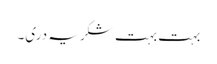
بہت بہت شکریہ دری۔